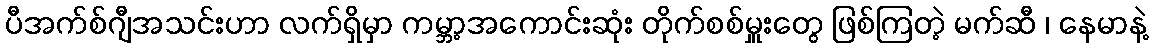
ပီအက်စ်ဂျီအသင်းဟာ လက်ရှိမှာ ကမ္ဘာ့အကောင်းဆုံး တိုက်စစ်မှူးတွေ ဖြစ်ကြတဲ့ မက်ဆီ ၊ နေမာနဲ့